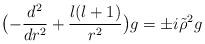
LaTeX: \begin{align*} \bigl(-\frac{d^{2}}{dr^{2}}+\frac{l(l+1)}{r^{2}}\bigr) g= \pm i\tilde{\rho}^{2} g\end{align*}